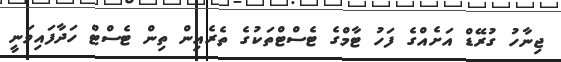
ޖިނާހު ގުރޭޑް އަށެއްގެ ފަހު ޓާމްގެ ޓެސްޓްތަކުގެ ތެރެއިން ތިން ޓެސްޓް ހަދާފައިވަނީ